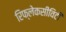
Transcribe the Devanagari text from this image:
रिफ्लेकसीविटी